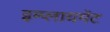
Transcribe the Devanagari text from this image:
इम्प्लायमेंट